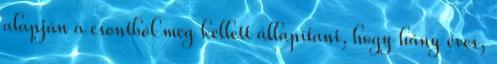
alapján a csontból meg kellett állapítani, hogy hány éves,